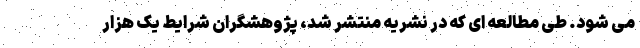
می شود. طی مطالعه ای که در نشریه منتشر شد، پژوهشگران شرایط یک هزار